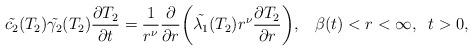
LaTeX: \begin{align*} \Tilde{c_2}(T_2)\Tilde{\gamma_2}(T_2)\dfrac{\partial T_2}{\partial t}=\dfrac{1}{r^{\nu}}\dfrac{\partial}{\partial r}\bigg(\Tilde{\lambda_1}(T_2)r^{\nu}\dfrac{\partial T_2}{\partial r}\bigg),\;\;\; \beta(t)<r<\infty,\;\;t>0,\end{align*}